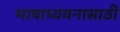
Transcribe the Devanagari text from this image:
भाषाध्ययनासाठी